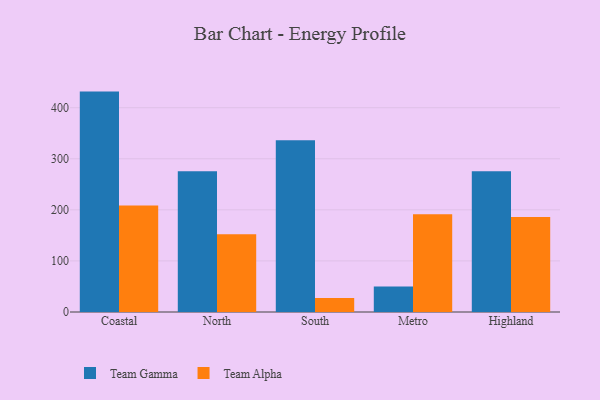
{"axis": {"x": "Region", "y": "Satisfaction Score"}, "legend": ["Team Alpha", "Team Gamma"], "data": [{"x": "Coastal", "y": 431.5, "type": "Team Gamma"}, {"x": "Coastal", "y": 208.6, "type": "Team Alpha"}, {"x": "North", "y": 275.4, "type": "Team Gamma"}, {"x": "North", "y": 152.3, "type": "Team Alpha"}, {"x": "South", "y": 336.3, "type": "Team Gamma"}, {"x": "South", "y": 27.5, "type": "Team Alpha"}, {"x": "Metro", "y": 50.1, "type": "Team Gamma"}, {"x": "Metro", "y": 191.6, "type": "Team Alpha"}, {"x": "Highland", "y": 275.4, "type": "Team Gamma"}, {"x": "Highland", "y": 185.8, "type": "Team Alpha"}]}